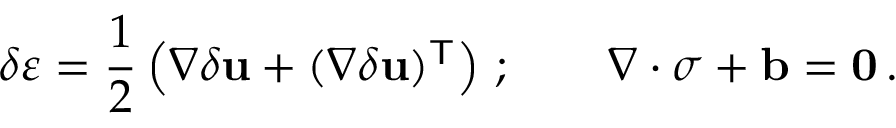
\delta { \boldsymbol { \varepsilon } } = { \frac { 1 } { 2 } } \left( \nabla \delta \mathbf { u } + ( \nabla \delta \mathbf { u } ) ^ { \mathsf { T } } \right) \, ; \qquad \nabla \cdot { \boldsymbol { \sigma } } + \mathbf { b } = \mathbf { 0 } \, .